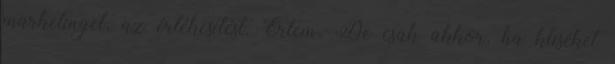
marketinget, az értékesítést. Értem. De csak akkor, ha kliséket